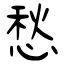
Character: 愁